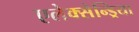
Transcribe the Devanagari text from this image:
एलेक्सेन्ड्रिया